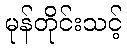
မုန်တိုင်းသင့်